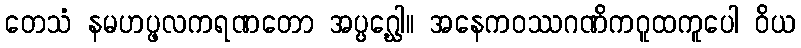
တေသံ နမဟပ္ဖလကရဏတော အပ္ပဂ္ဃေါ။ အနေကဝဿဂဏိကဂူထကူပေါ ဝိယ